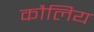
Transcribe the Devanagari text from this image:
कौलिय